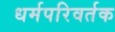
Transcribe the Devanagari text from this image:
धर्मपरिवर्तक